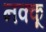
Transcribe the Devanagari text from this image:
नक्कू